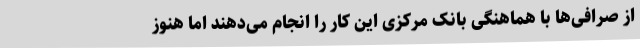
از صرافی‌ها با هماهنگی بانک مرکزی این کار را انجام می‌دهند اما هنوز